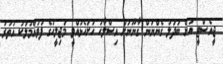
ޖީއެސްޓީ އަށް ބަދަލު ގެންނަން ގާނޫނަށް އިސްލާހު ހުށަހެޅުއްވީ މަޖިލީހުގެ ފުވައްމުލަކު އުތުރު